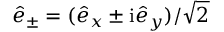
\hat { e } _ { \pm } = ( \hat { e } _ { x } \pm \mathrm { i } \hat { e } _ { y } ) / \sqrt { 2 }